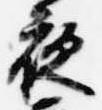
夜